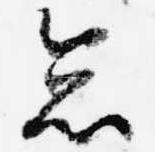
怠